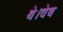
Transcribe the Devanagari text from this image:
थे।वेब